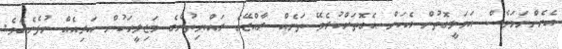
އެހެންނަމަވެސް އަމަލީގޮތުން އެކަން އެގޮތަށްކުރެވޭ ތަނެއް ރާއްޖޭގެ ރައްޔިތުންގެ މަޖިލީހަކުން އަދިއެއް ނުފެނެއެވެ.